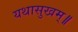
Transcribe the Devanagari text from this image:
यथासुखम्॥